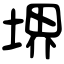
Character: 堺